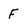
Character: F